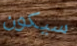
سيكون